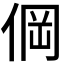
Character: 𰂒